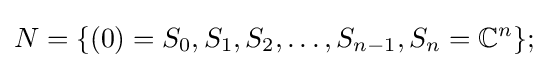
N=\{(0)=S_{0},S_{1},S_{2},\dots ,S_{n-1},S_{n}=\mathbb {C} ^{n}\};